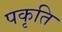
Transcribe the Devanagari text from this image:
पकृति